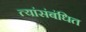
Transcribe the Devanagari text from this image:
त्यांसंबंधित